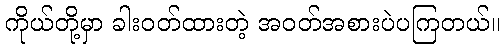
ကိုယ်တို့မှာ ခါးဝတ်ထားတဲ့ အဝတ်အစားပဲပကြတယ်။